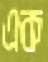
এক